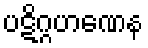
ပဋိဂ္ဂဟဏေန